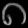
Digit: ၈